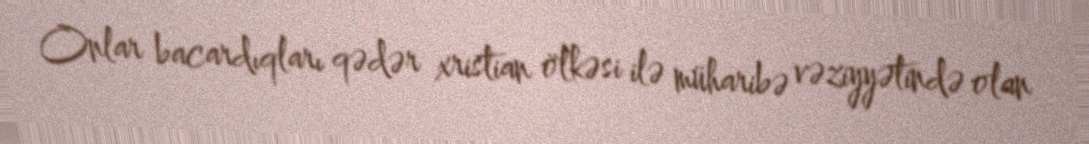
Onlar bacardıqları qədər xristian ölkəsi ilə müharibə vəziyyətində olan